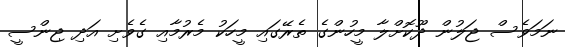
ނަމަވެސް ޖަލުން ދޫކޮށްލާ މީހުންގެ ތެރޭގައި މީހަކު މެރުމާއި ގެވެށި އަދި ޖިންސީ